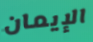
الإيمان